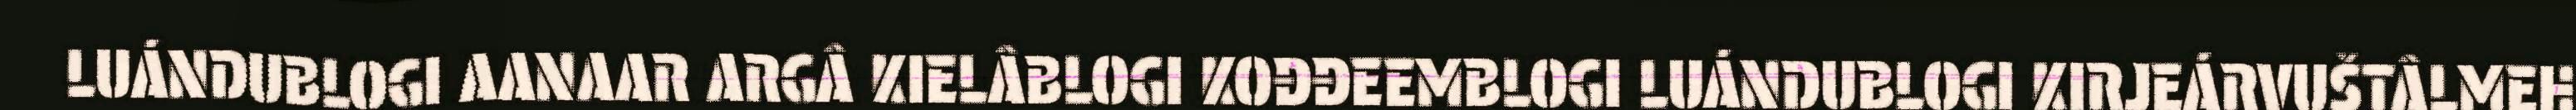
LUÁNDUBLOGI AANAAR ARGÂ KIELÂBLOGI KOĐĐEEMBLOGI LUÁNDUBLOGI KIRJEÁRVUŠTÂLMEH